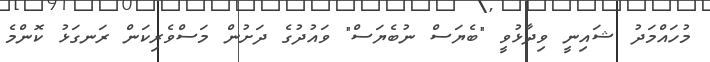
މުހައްމަދު ޝައިނީ ވިދާޅުވީ "ބެޔަސް ނުބެޔަސް" ވައުދުގެ ދަށުން މަސްވެރިކަން ރަނގަޅު ކޮންމެ